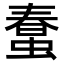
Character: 𧎌